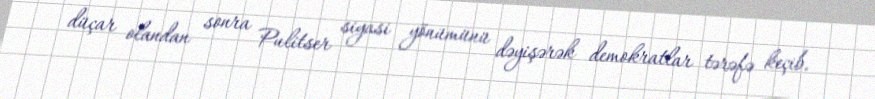
düçar olandan sonra Pulitser siyasi yönümünü dəyişərək demokratlar tərəfə keçib.